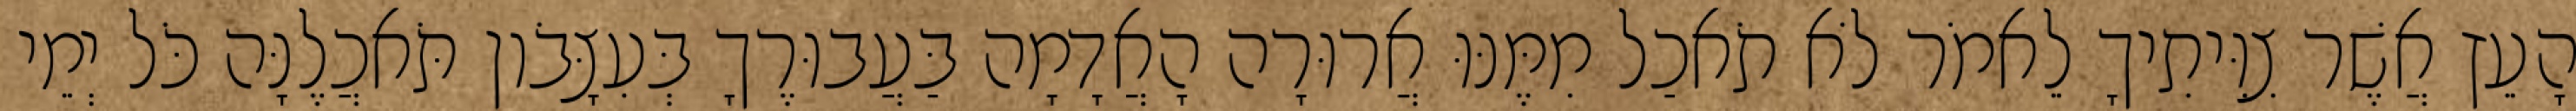
הָעֵץ אֲשֶׁר צִוִּיתִיךָ לֵאמֹר לֹא תֹאכַל מִמֶּנּוּ אֲרוּרָה הָאֲדָמָה בַּעֲבוּרֶךָ בְּעִצָּבֹון תֹּאכֲלֶנָּה כֹּל יְמֵי